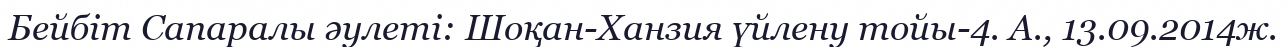
Бейбіт Сапаралы әулеті: Шоқан-Ханзия үйлену тойы-4. А., 13.09.2014ж.